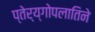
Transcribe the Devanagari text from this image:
प्तेर्य्गोपलातिने